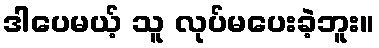
ဒါပေမယ့် သူ လုပ်မပေးခဲ့ဘူး။